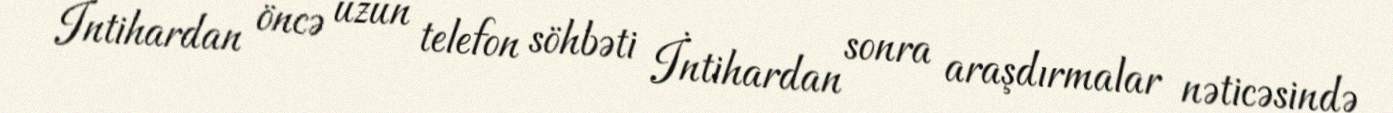
İntihardan öncə uzun telefon söhbəti İntihardan sonra araşdırmalar nəticəsində